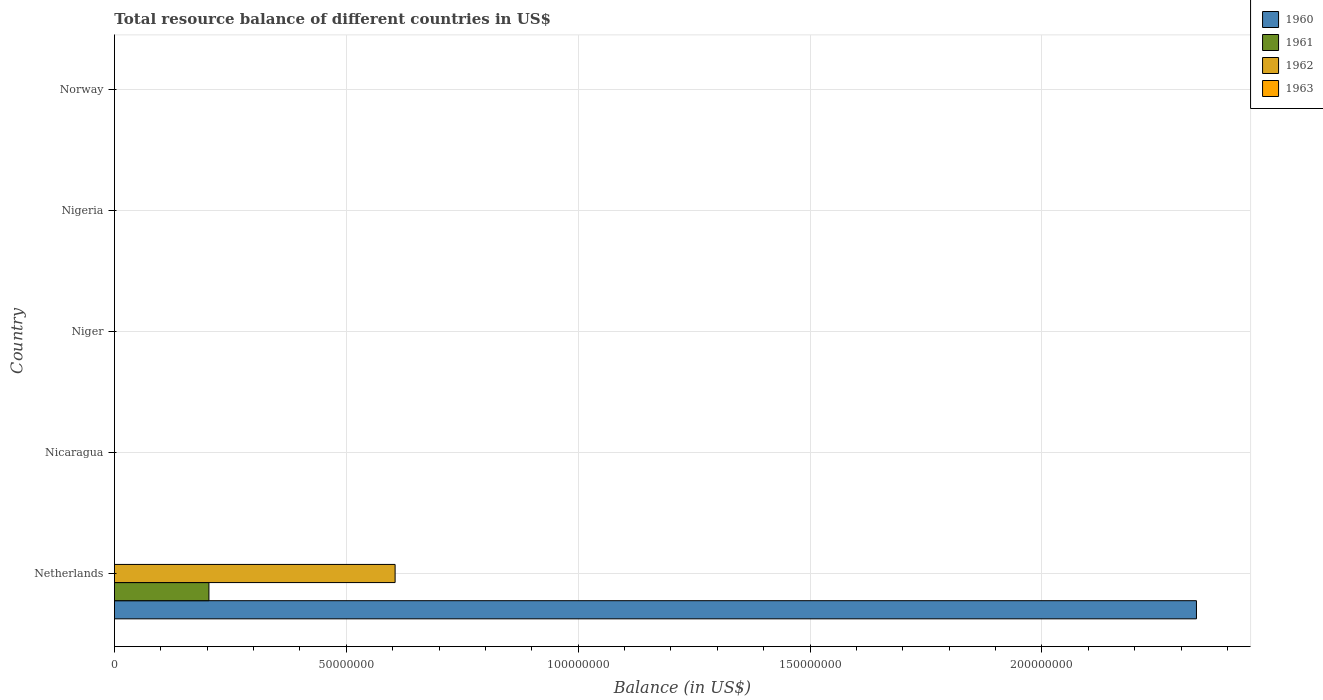
| Country | 1960 | 1961 | 1962 | 1963 |
 | --- | --- | --- | --- | --- |
 | Netherlands | 2.33e+08 | 2.04e+07 | 6.05e+07 | -1.08e+08 |
 | Nicaragua | -5.72e+06 | -2.81e+06 | -6.66e+06 | -4.22e+06 |
 | Niger | -1.37e+06 | -7.7e+06 | -1.95e+07 | -5.93e+06 |
 | Nigeria | -3.22e+08 | -3.18e+08 | -2.6e+08 | -2.46e+08 |
 | Norway | -5.64e+07 | -1.23e+08 | -1.06e+08 | -9.4e+07 |